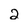
Character: 2